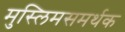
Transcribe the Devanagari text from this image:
मुस्लिमसमर्थक